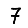
Digit: 7